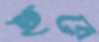
হুরে